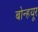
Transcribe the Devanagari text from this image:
बोन्हयूर